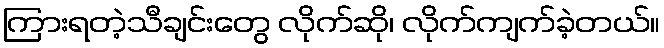
ကြားရတဲ့သီချင်းတွေ လိုက်ဆို၊ လိုက်ကျက်ခဲ့တယ်။